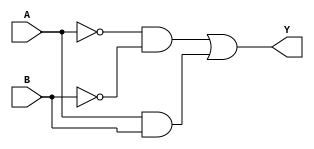
`timescale 1ns / 1ps
//////////////////////////////////////////////////////////////////////////////////
// Company: 
// Engineer: 
// 
// Design Name: 
// Module Name: comparator_2b
// Project Name: 
// Target Devices: 
// Tool Versions: 
// Description: 
// 
// Dependencies: 
// 
// Revision:
// Revision 0.01 - File Created
// Additional Comments:
// 
//////////////////////////////////////////////////////////////////////////////////

//outputs 1 if A and B are equal, 0 if mismatch
module comparator_2b(
    input A,
    input B,
    output Y
    );
    
    assign Y = (!A&&!B)||(A&&B);
    
    
endmodule